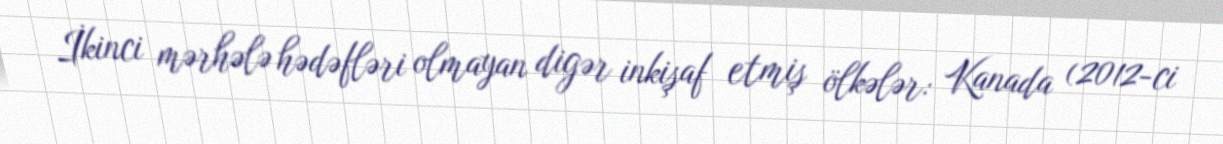
İkinci mərhələ hədəfləri olmayan digər inkişaf etmiş ölkələr: Kanada (2012-ci